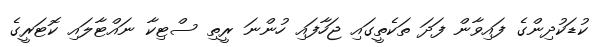
ކުޑަކުދިންގެ ފައިވާން ފަދަ ތަކެތީގައި ޖަހާފައި ހުންނަ ރީތި ސްޓިކާ ނައްޓާލައި ކޮޓަރީގެ